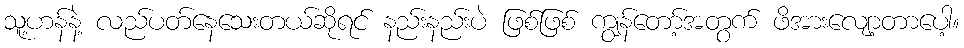
သူ့ဟန်နဲ့ လည်ပတ်နေသေးတယ်ဆိုရင် နည်းနည်းပဲ ဖြစ်ဖြစ် ကျွန်တော့်အတွက် ဖိအားလျော့တာပေါ့။